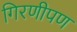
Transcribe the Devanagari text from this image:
गिरणीपण